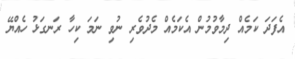
އެފަދަ ކަމެއް ދިމާވުމުން އެކަމެއް މެދުވެރި ނުވި ނަމަ ކިހާ ރަނގަޅު ހެއްޔޭ